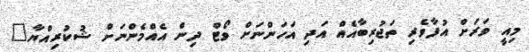
މިއީ ވަރަށް އުފާވެރި ތަޖުރިބާއެއް އަދި އަހަންނަށް ވޯޓް ދިން އެއްމެންނަށް ޝުކުރިއްޔާ"